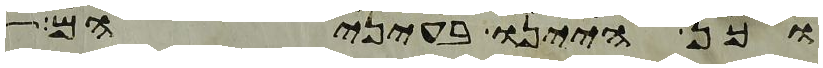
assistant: וכן היינו בעיניהם